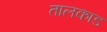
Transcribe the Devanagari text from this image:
तालकाड